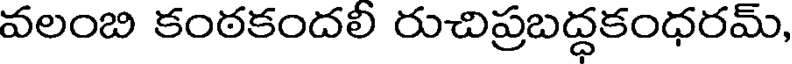
వలంబి కంఠకందలి రుచిప్రబద్ధకంధరమ్,